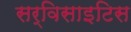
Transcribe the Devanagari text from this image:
सर्विसाइटिस